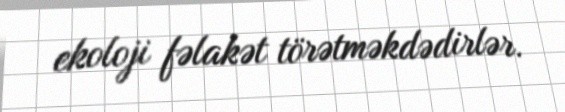
ekoloji fəlakət törətməkdədirlər.